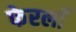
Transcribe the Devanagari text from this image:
फेरलाँ